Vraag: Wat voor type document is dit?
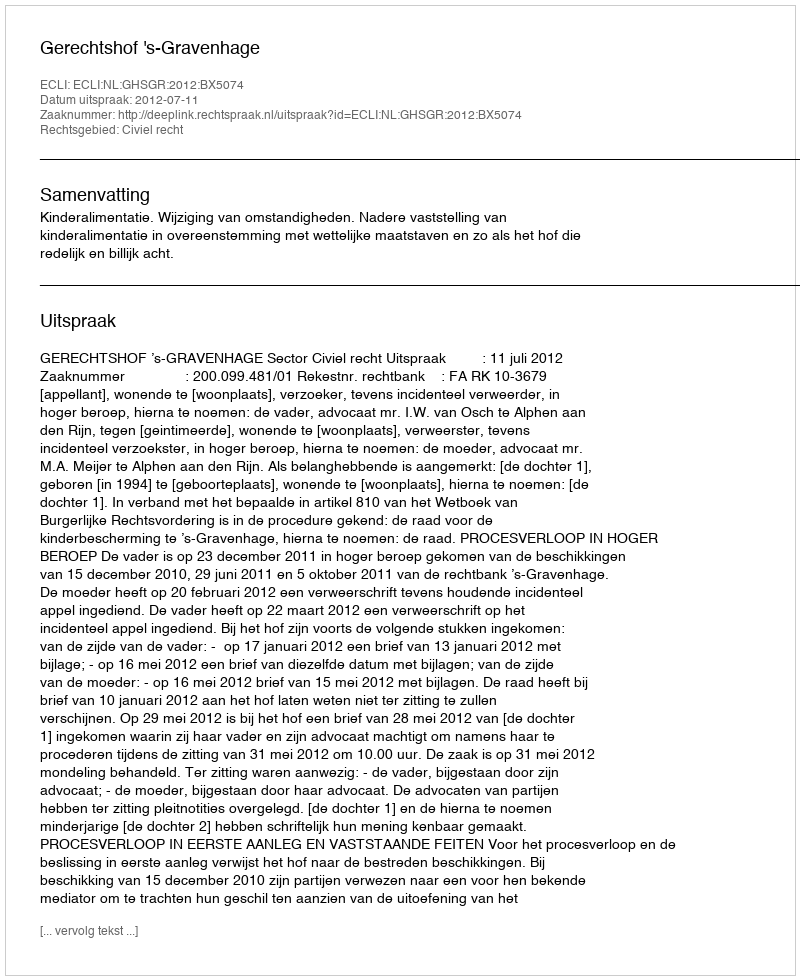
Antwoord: Uitspraak